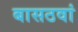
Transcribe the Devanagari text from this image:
बासठवां